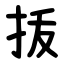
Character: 㧞